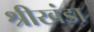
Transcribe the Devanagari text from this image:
श्रीखंडा